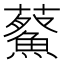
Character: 𮒿